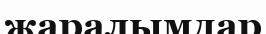
жаралымдар